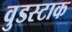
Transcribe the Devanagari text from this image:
वुडस्टाक